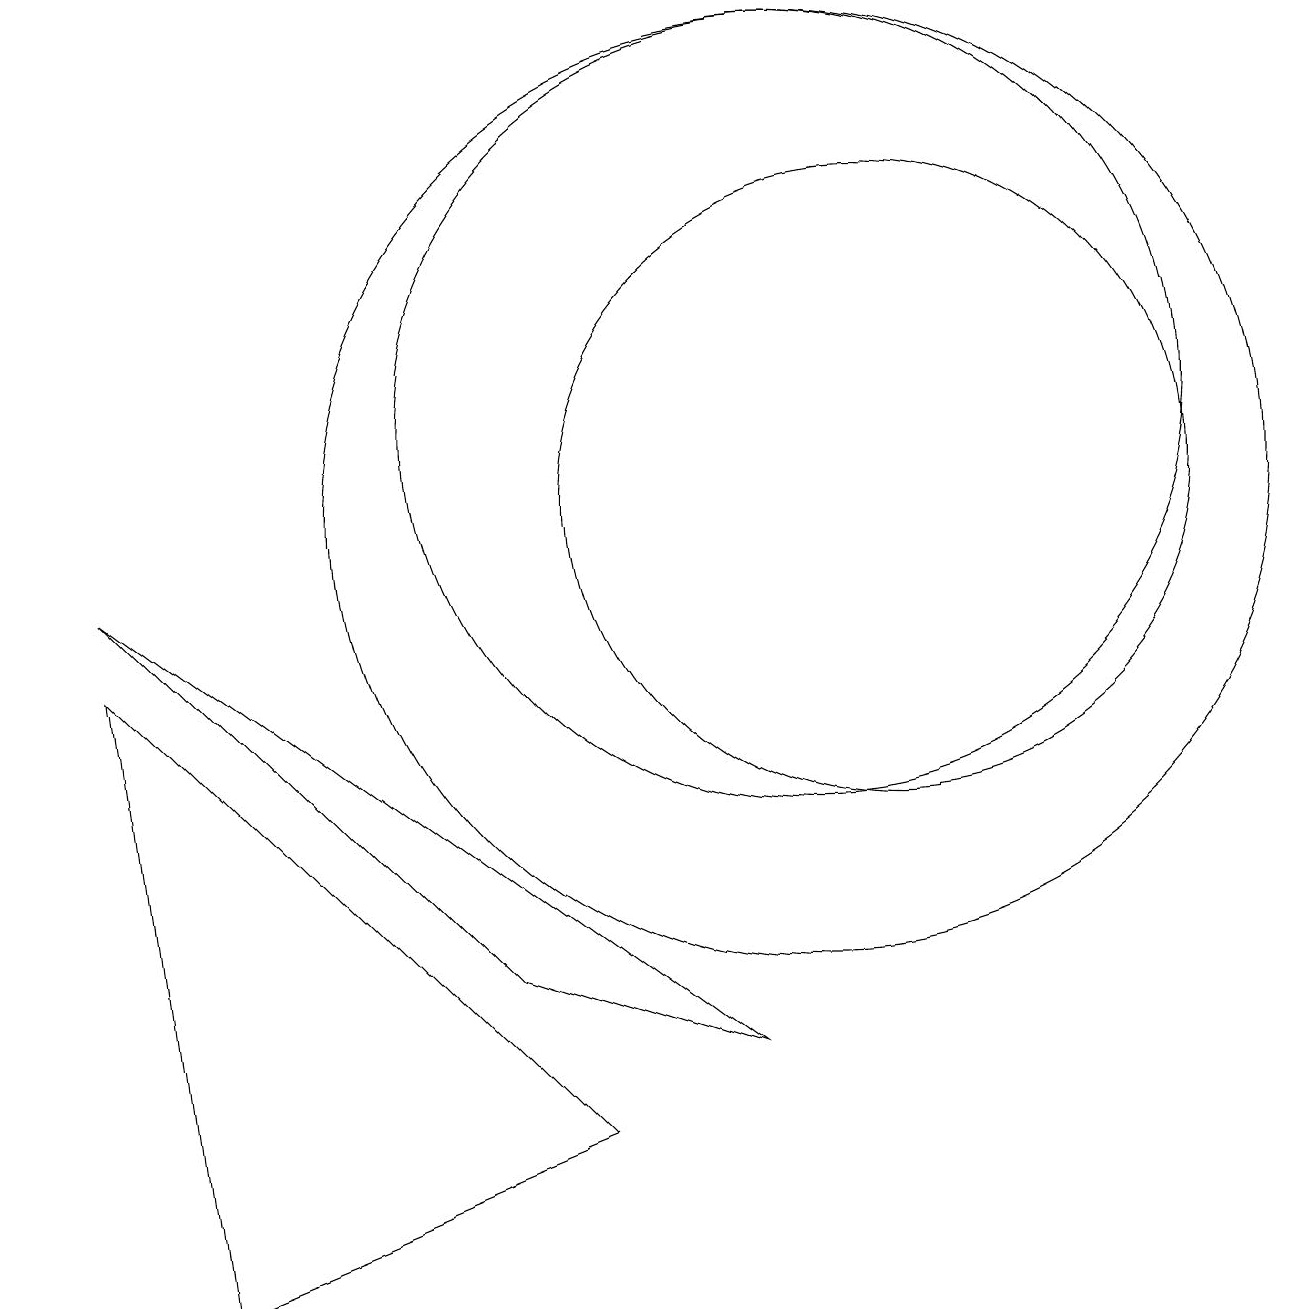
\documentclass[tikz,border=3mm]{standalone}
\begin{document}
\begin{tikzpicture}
\draw (10,10) circle (6);
\draw (11,10) circle (4);
\draw[->] (0,13) -- (0,13);
\draw (2,0) -- (7,2) -- (1,8) -- cycle;
\draw (10,11) circle (5);
\draw (1,9) -- (9,3) -- (6,4) -- cycle;
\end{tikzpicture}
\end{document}